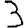
Digit: 3